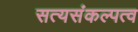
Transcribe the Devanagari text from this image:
सत्यसंकल्पत्व